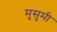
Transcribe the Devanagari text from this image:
मुसुमी